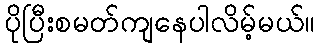
ပိုပြီးစမတ်ကျနေပါလိမ့်မယ်။